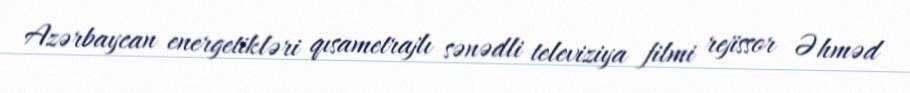
Azərbaycan energetikləri qısametrajlı sənədli televiziya filmi rejissor Əhməd